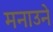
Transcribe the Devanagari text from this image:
मनाउने